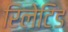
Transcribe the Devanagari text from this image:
रिलेटिड